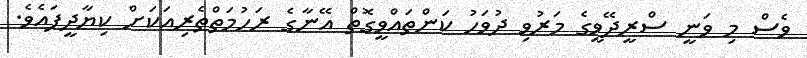
ވެސް މި ވަނީ ސްރީދޭވީގެ މަރުވި ދުވަހު ކަންތައްވީގޮތް އޭނާގެ ރަހުމަތްތެރިއަކަށް ކިޔާދީފައެވެ.